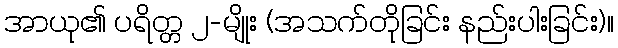
အာယု၏ ပရိတ္တ ၂-မျိုး (အသက်တိုခြင်း နည်းပါးခြင်း)။